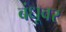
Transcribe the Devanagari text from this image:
बंधूवर